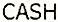
CASH